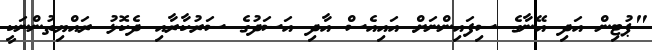
"ޕުޓިން އަދި އޭނާގެ ސިފައިންނަށް އައިއެސް އާދި އަސަދުގެ ސަރުކާރާއި ދެކޮޅު ރައްޔިތުންނަކީ